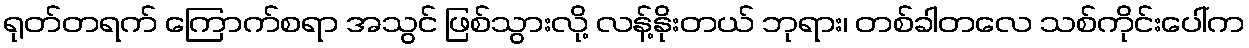
ရုတ်တရက် ကြောက်စရာ အသွင် ဖြစ်သွားလို့ လန့်နိုးတယ် ဘုရား၊ တစ်ခါတလေ သစ်ကိုင်းပေါ်က